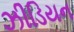
ઝીડિયન